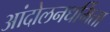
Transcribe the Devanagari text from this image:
आंदोलनधर्मिता